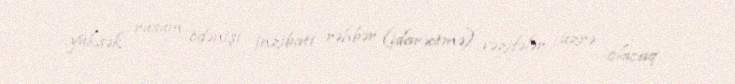
yüksək rüsum ödənişi inzibati rəhbər (idarəetmə) vəzifələr üzrə olacaq.